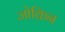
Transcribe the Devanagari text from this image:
जोक़िन